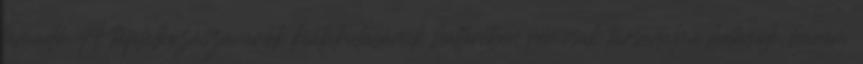
támadó A táplálkozászavarok kialakulásának hátterében nemcsak társadalmi hatások, hanem